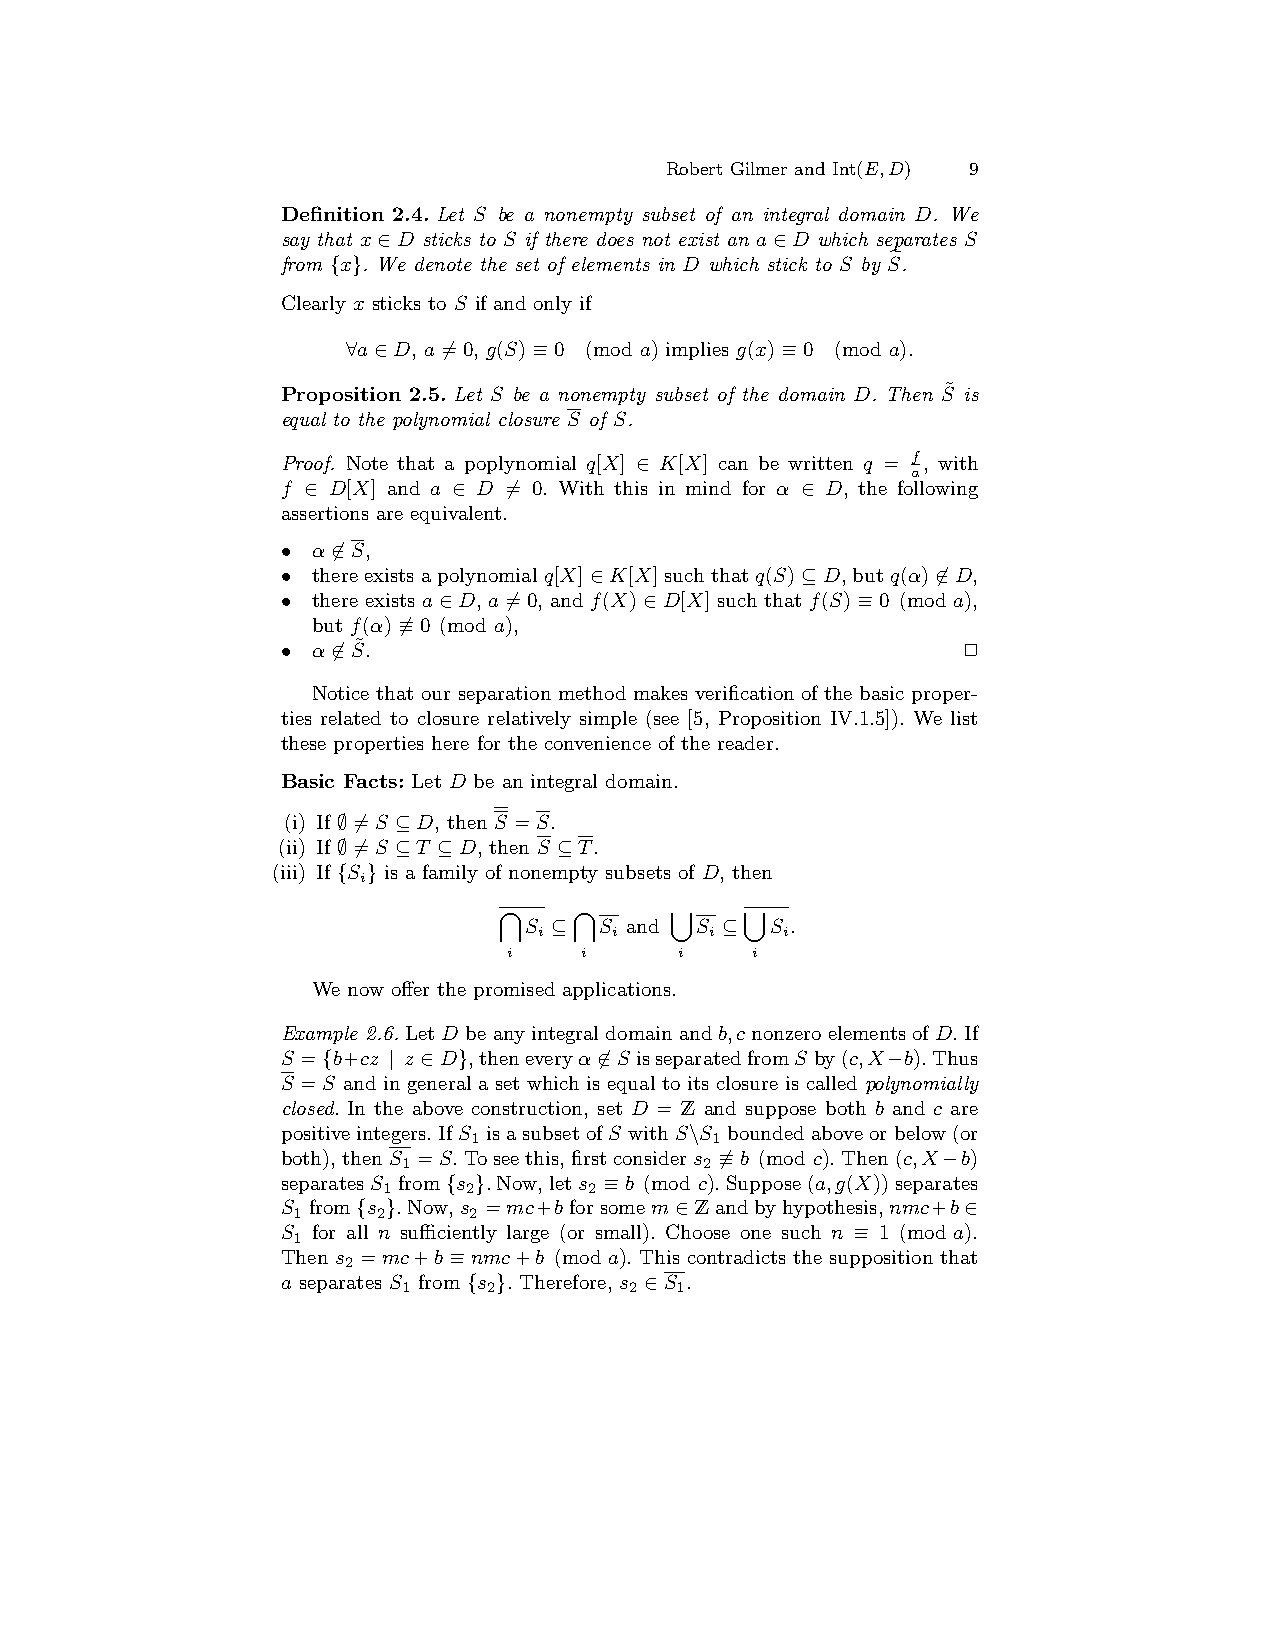
Robert Gilmer and Int(E,D) 9
 Definition 2.4.Let S be a nonempty subset of an integral domain D. We
 say that x∈D sticks to S if there does not exist an a∈D which separates S
 from {x}. We denote the set of elements in D which stick to S by Se.
 Clearly x sticks to S if and only if
 ∀a∈D, a6=0, g(S)≡0 (mod a) implies g(x)≡0 (mod a).
 Proposition 2.5.Let S be a nonempty subset of the domain D. Then S˜ is
 equal to the polynomial closure S of S.
 Proof. Note that a poplynomial q[X] ∈ K[X] can be written q = f, with
 a
 f ∈ D[X] and a ∈ D 6= 0. With this in mind for α ∈ D, the following
 assertions are equivalent.
 • α6∈S,
 • thereexistsapolynomialq[X]∈K[X]suchthatq(S)⊆D,butq(α)6∈D,
 • there exists a∈D, a6=0, and f(X)∈D[X] such that f(S)≡0 (mod a),
 but f(α)6≡0 (mod a),
 • α6∈S˜.                                     2
 Notice that our separation method makes verification of the basic proper-
 ties related to closure relatively simple (see [5, Proposition IV.1.5]). We list
 these properties here for the convenience of the reader.
 Basic Facts: Let D be an integral domain.
 (i) If ∅=6 S ⊆D, then S =S.
 (ii) If ∅=6 S ⊆T ⊆D, then S ⊆T.
 (iii) If {S } is a family of nonempty subsets of D, then
 i
 \    \     [    [
 S ⊆  S and S ⊆  S .
 i    i     i    i
 i   i      i    i
 We now offer the promised applications.
 Example 2.6.LetD beanyintegraldomainandb,cnonzeroelementsofD.If
 S ={b+cz | z ∈D},theneveryα6∈S isseparatedfromS by(c,X−b).Thus
 S =S and in general a set which is equal to its closure is called polynomially
 closed. In the above construction, set D = Z and suppose both b and c are
 positiveintegers.IfS isasubsetofS withS\S boundedaboveorbelow(or
 1               1
 both),thenS =S.Toseethis,firstconsiders 6≡b (mod c).Then(c,X−b)
 1                   2
 separatesS from{s }.Now,lets ≡b (mod c).Suppose(a,g(X))separates
 1     2       2
 S from{s }.Now,s =mc+bforsomem∈Zandbyhypothesis,nmc+b∈
 1     2     2
 S for all n sufficiently large (or small). Choose one such n ≡ 1 (mod a).
 1
 Then s =mc+b≡nmc+b (mod a). This contradicts the supposition that
 2
 a separates S from {s }. Therefore, s ∈S .
 1    2         2  1